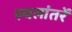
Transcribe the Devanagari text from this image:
स्थलांतरें